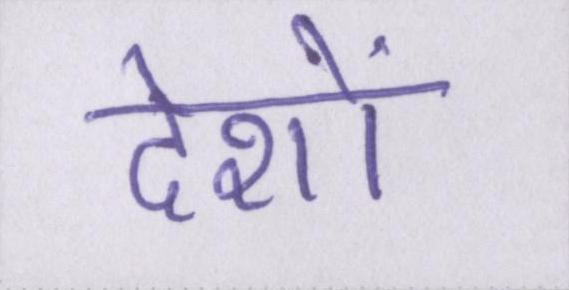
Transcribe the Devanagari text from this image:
देशों